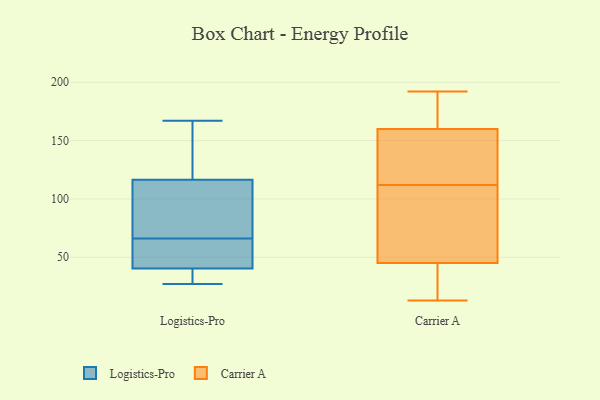
{"axis": {"x": "Population (Million)", "y": "Value"}, "legend": ["Carrier A", "Logistics-Pro"], "data": [{"x": "", "y": 128, "type": "Logistics-Pro"}, {"x": "", "y": 35, "type": "Logistics-Pro"}, {"x": "", "y": 90, "type": "Logistics-Pro"}, {"x": "", "y": 109, "type": "Logistics-Pro"}, {"x": "", "y": 33, "type": "Logistics-Pro"}, {"x": "", "y": 119, "type": "Logistics-Pro"}, {"x": "", "y": 66, "type": "Logistics-Pro"}, {"x": "", "y": 167, "type": "Logistics-Pro"}, {"x": "", "y": 56, "type": "Logistics-Pro"}, {"x": "", "y": 66, "type": "Logistics-Pro"}, {"x": "", "y": 27, "type": "Logistics-Pro"}, {"x": "", "y": 135, "type": "Carrier A"}, {"x": "", "y": 158, "type": "Carrier A"}, {"x": "", "y": 47, "type": "Carrier A"}, {"x": "", "y": 155, "type": "Carrier A"}, {"x": "", "y": 100, "type": "Carrier A"}, {"x": "", "y": 172, "type": "Carrier A"}, {"x": "", "y": 23, "type": "Carrier A"}, {"x": "", "y": 166, "type": "Carrier A"}, {"x": "", "y": 52, "type": "Carrier A"}, {"x": "", "y": 192, "type": "Carrier A"}, {"x": "", "y": 39, "type": "Carrier A"}, {"x": "", "y": 112, "type": "Carrier A"}, {"x": "", "y": 13, "type": "Carrier A"}]}